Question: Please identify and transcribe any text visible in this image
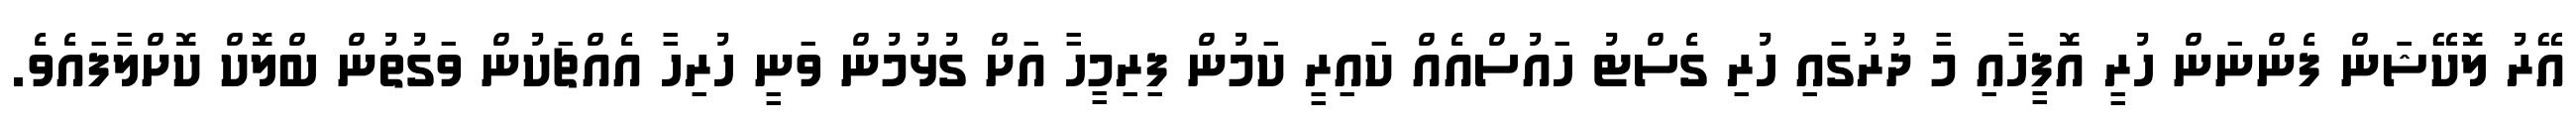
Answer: އޭރު ލޮކޭޝަަން ފެންނަން ހުރީ އޮފީހާއި މާ ދުރުގައި ހުރި ގެސްޓު ހައުސްއެއް ކައިރީ ކަމުން ފިރިމީހާ އަށް ގުޅުމުން ވަނީ ހުރިހާ އެއްޗަކުން ވަގުތުން ބްލޮކް ކޮށްލާފައެވެ.